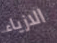
الازياء